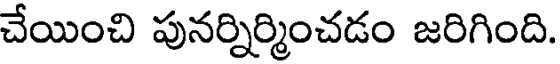
చేయించి పునర్నిర్మించడం జరిగింది.